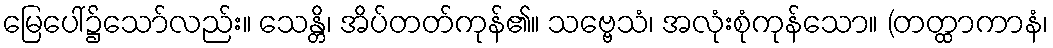
မြေပေါ်၌သော်လည်း။ သေန္တိ၊ အိပ်တတ်ကုန်၏။ သဗ္ဗေသံ၊ အလုံးစုံကုန်သော။ (တတ္ထာကာနံ၊